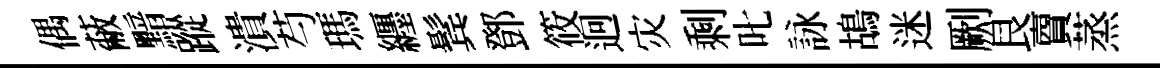
偶蔽黯蹤潰芍瑪纒鬂鄧筱迥灾剩叱詠鴣迷劂艮𧶠蒸